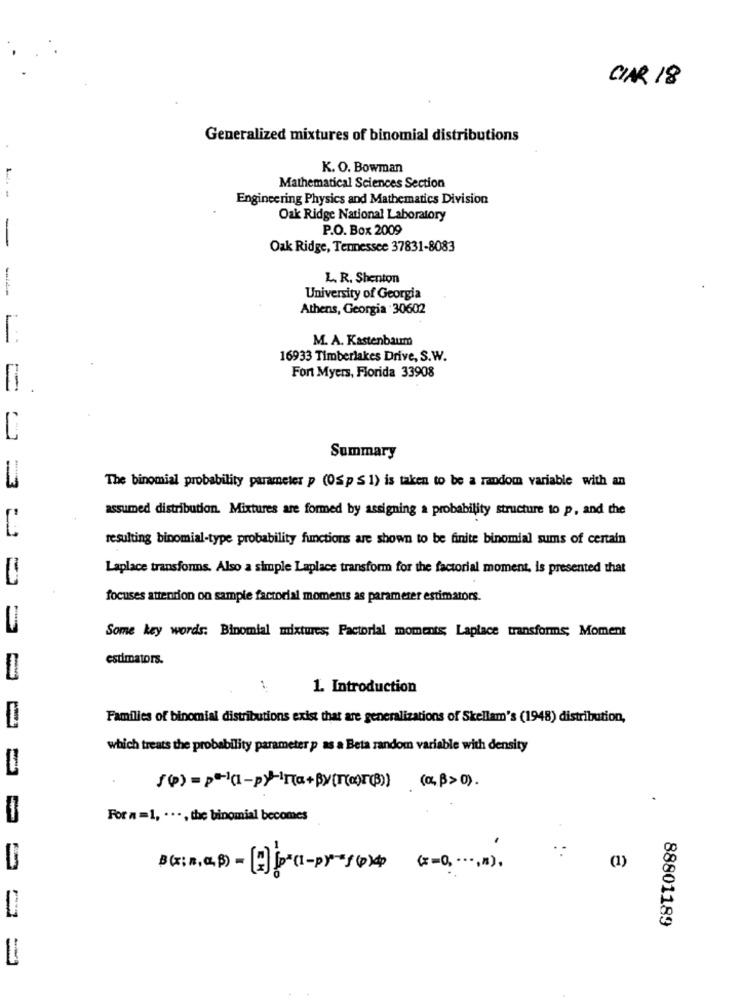
CIAR 18
Generalized mixtures of binomial distributions
K. O. Bowman
Mathematical Sciences Section
1.4.
Engineering Physics and Mathematics Division
Oak Ridge National Laboratory
P.O. Box 2009
-
Oak Ridge, Tennessee 37831-8083
L. R. Shenton
University of Georgia
Athens, Georgia 30602
M. A. Kastenbaum
16933 Timberlakes Drive, S.W.
Fort Myers, Florida 33908
11
C
Summary
The binomial probability parameter p (0Sp $ 1) is taken to be a random variable with an
assumed distribution. Mixtures are formed by assigning a probability structure to p, and the
resulting binomial-type probability functions are shown to be finite binomial sums of certain
Laplace transformns. Also a simple Laplace transform for the factorial moment, is presented that
===
focuses attention on sample factorial moments as parameter estimators.
Some key words: Binomial mixtures; Factorial moments; Laplace transforms; Moment
estimators.
1. Introduction
Families of binomial distributions exist that are generalizations of Skellam's (1948) distribution,
which treats the probability parameter p as a Beta random variable with density
{(p) = p+(1-p)-[a+By(ro)[(3) (04>>0).
For n =1, . .., the binomial becomes
(1)
88801189